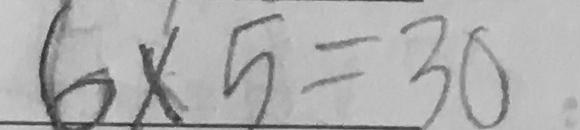
6 \times 5 = 3 0